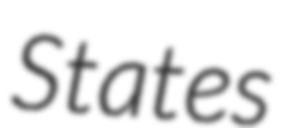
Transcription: States